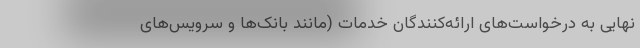
نهایی به درخواست‌های ارائه‌کنندگان خدمات (مانند بانک‌ها و سرویس‌های